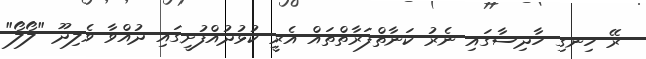
ރޭ ހިނގި ހާދިސާގައި ނެރު ކަނާތްފަރާތްތައް އެރީ ކުޅުދުއްފުށީގައި ދުއްވާ ވެލިދޫ "ލޯލޯ"